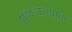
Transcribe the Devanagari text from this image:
पुनःउत्थान